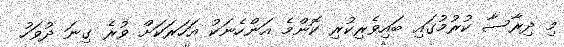
މި ދިރާސާ ކުރުމުގައި ބައިވެރިކުރި ކޮންމެ އަންހެނަކު އަހަރަކަށް ވުރެ ގިނަ ދުވަހު